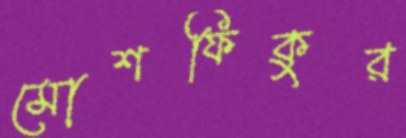
মোশফিকুর